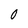
Character: 0